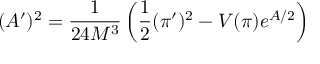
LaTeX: ( A ^ { \prime } ) ^ { 2 } = \frac { 1 } { 2 4 M ^ { 3 } } \left( \frac { 1 } { 2 } ( \pi ^ { \prime } ) ^ { 2 } - V ( \pi ) e ^ { A / 2 } \right)